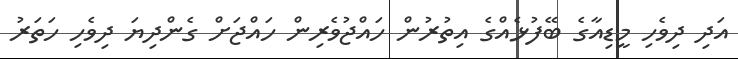
އަދި ދިވެހި މީޑިއާގެ ބޭފުޅެއްގެ އިތުރުން ހައްޖުވެރިން ހައްޖަށް ގެންދިޔަ ދިވެހި ހަތަރު